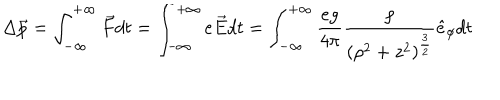
LaTeX: \Delta \vec { p } = \int _ { - \infty } ^ { + \infty } \vec { F } d t = \int _ { - \infty } ^ { + \infty } e \vec { E } d t = \int _ { - \infty } ^ { + \infty } \frac { e g } { 4 \pi } \frac { \rho } { ( \rho ^ { 2 } + z ^ { 2 } ) ^ { \frac { 3 } { 2 } } } \hat { e } _ { \phi } d t